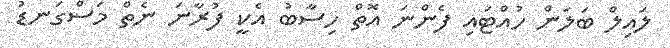
ލައިލް ބަލަން ހުއްޓައި ފެންނަ އޮތް ހިސާބު އެކީ ފުރާނަ ނެތް މަސްގަނޑު